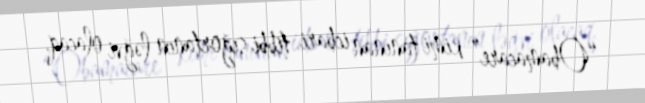
“Obamacare” kimi tanınan icbari tibbi sığortanın ləğvi olacaq.